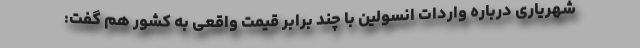
شهریاری درباره واردات انسولین با چند برابر قیمت واقعی به کشور هم گفت: